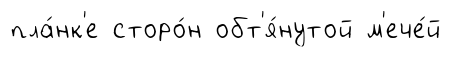
пла́нк'е сторо́н обт'я́нутой м'ече́й